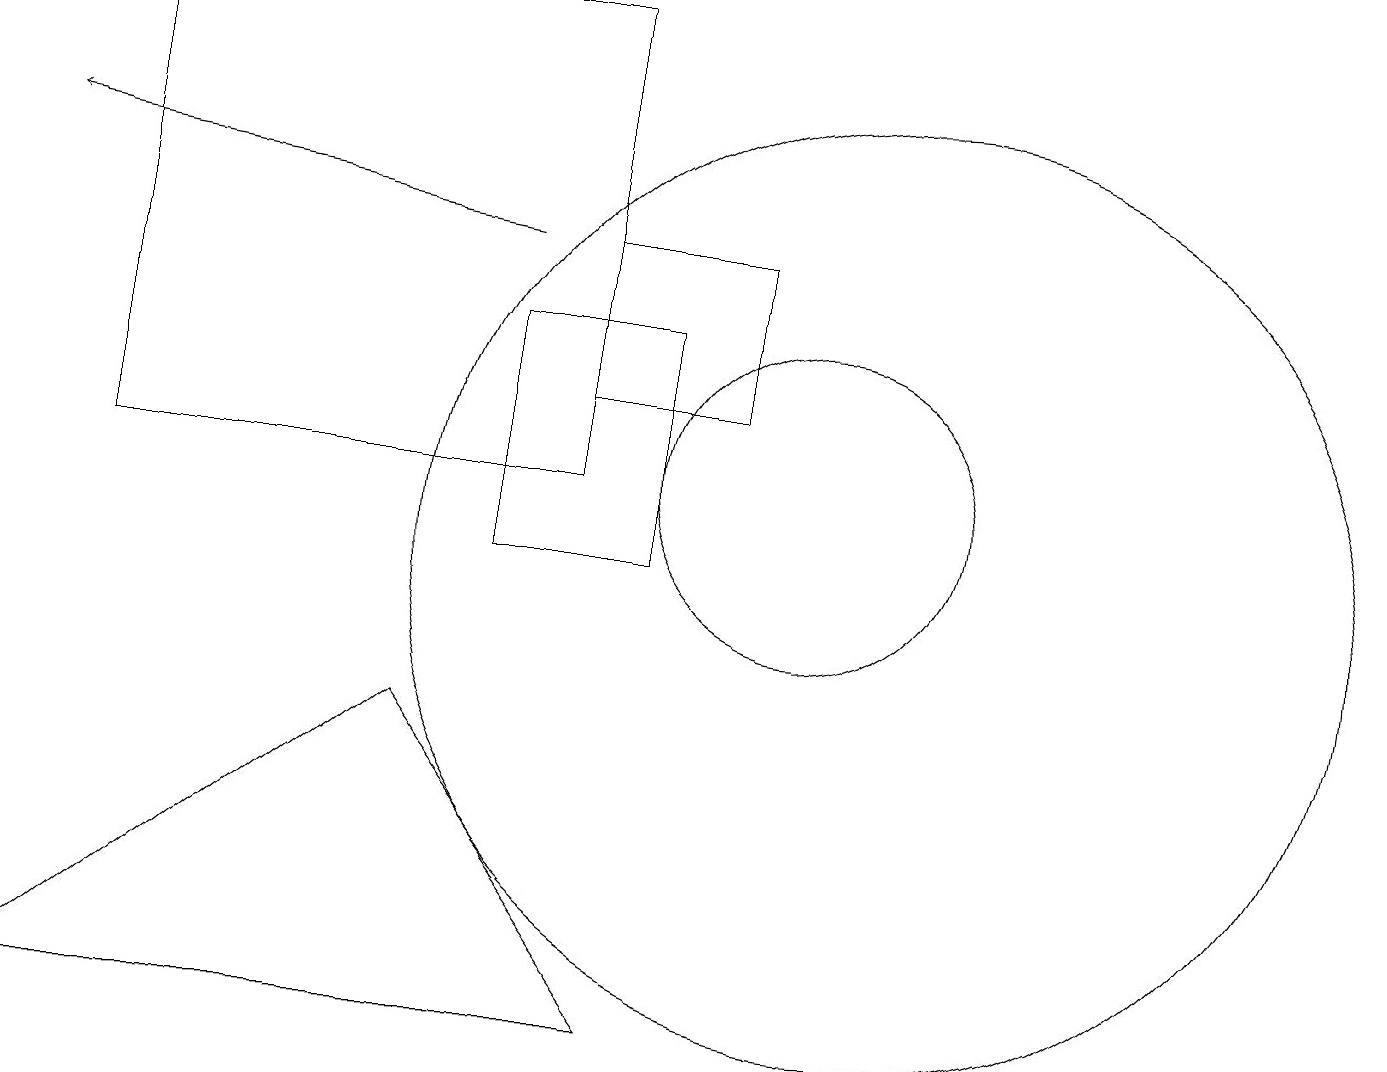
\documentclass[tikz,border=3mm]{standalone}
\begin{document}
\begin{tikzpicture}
\draw[->] (6,14) -- (0,15);
\draw (7,14) rectangle (9,12);
\draw (10,11) circle (2);
\draw (7,17) rectangle (1,11);
\draw (6,10) rectangle (8,13);
\draw (8,4) -- (0,4) -- (5,8) -- cycle;
\draw (11,10) circle (6);
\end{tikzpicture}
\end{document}